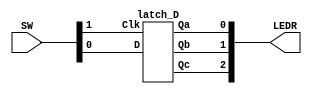
module latch_FDDP_FDDN_board (input [1:0] SW,
								output [2:0] LEDR);

		latch_D ex1(SW[1], SW[0], LEDR[0], LEDR[1], LEDR[2]);
								
endmodule


module latch_D (Clk, D, Qa, Qb, Qc);
		input Clk, D;
		output reg Qa, Qb, Qc;
		
		always @ (D, Clk)
		begin
			if (Clk)
				Qa = D;
		end
		always @ (posedge Clk)
		begin
			if (Clk)
				Qb = D;
		end
		always @ (negedge Clk)
		begin
			if (!Clk)
				Qc = D;
		end

endmodule